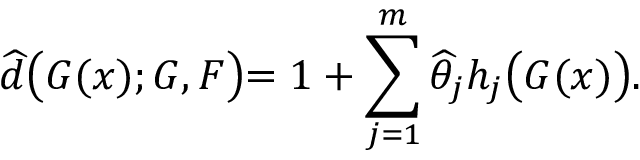
\widehat { d } \bigl ( G ( x ) ; G , F \bigl ) = 1 + \sum _ { j = 1 } ^ { m } \widehat { \theta } _ { j } h _ { j } \bigl ( G ( x ) \bigl ) .